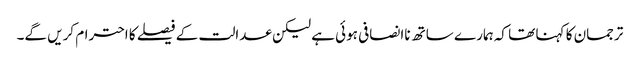
ترجمان کا کہنا تھا کہ ہمارے ساتھ ناانصافی ہوئی ہے لیکن عدالت کے فیصلے کا احترام کریں گے۔